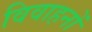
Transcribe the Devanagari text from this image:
विवाहनों